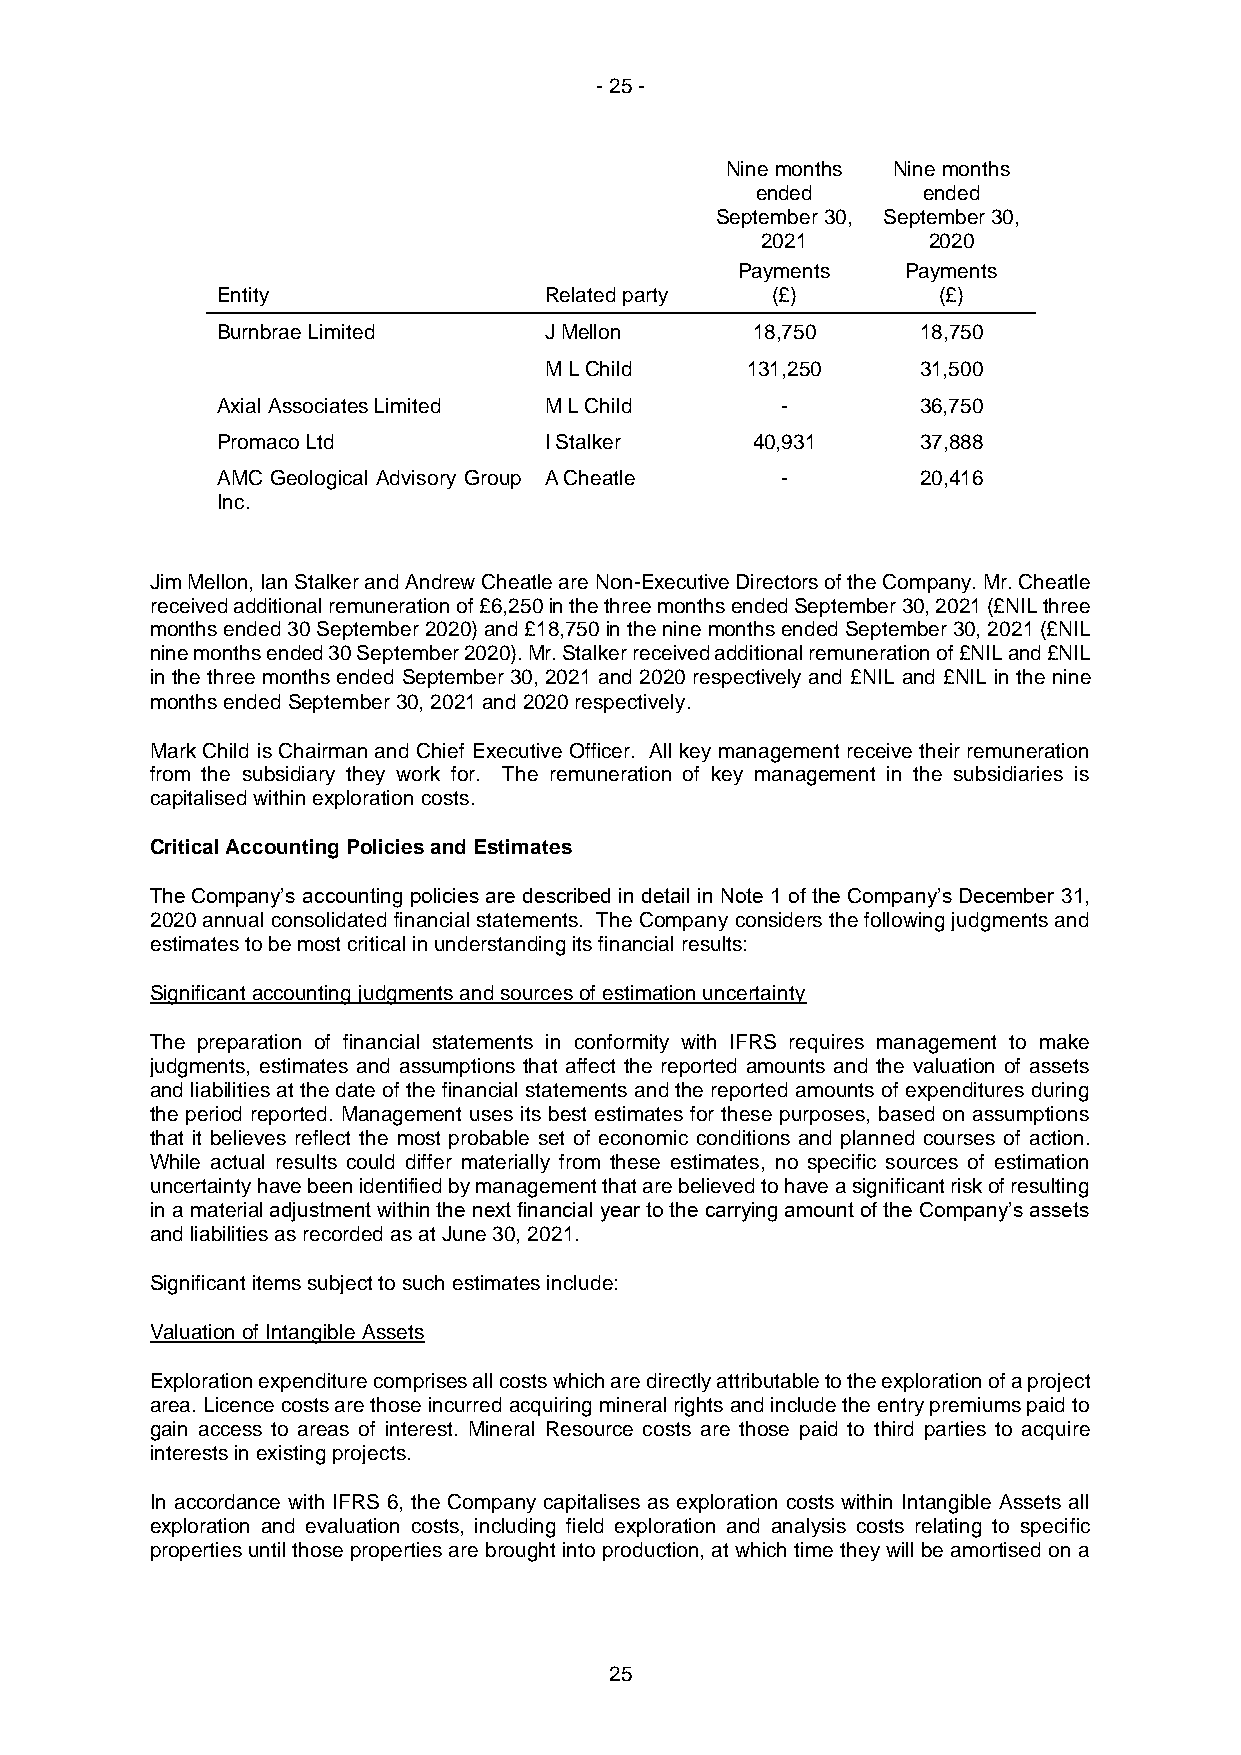
- 25 -
 Nine months Nine months
 ended      ended
 September 30, September 30,
 2021       2020
 Payments   Payments
 Entity                Related party  (£)        (£)
 Burnbrae Limited      J Mellon      18,750     18,750
 M L Child    131,250     31,500
 Axial Associates Limited M L Child    -        36,750
 Promaco Ltd           I Stalker     40,931     37,888
 AMC Geological Advisory Group A Cheatle -      20,416
 Inc.
 Jim Mellon, Ian Stalker and Andrew Cheatle are Non-Executive Directors of the Company. Mr. Cheatle
 received additional remuneration of £6,250 in the three months ended September 30, 2021 (£NIL three
 months ended 30 September 2020) and £18,750 in the nine months ended September 30, 2021 (£NIL
 nine months ended 30 September 2020). Mr. Stalker received additional remuneration of £NIL and £NIL
 in the three months ended September 30, 2021 and 2020 respectively and £NIL and £NIL in the nine
 months ended September 30, 2021 and 2020 respectively.
 Mark Child is Chairman and Chief Executive Officer. All key management receive their remuneration
 from the subsidiary they work for. The remuneration of key management in the subsidiaries is
 capitalised within exploration costs.
 Critical Accounting Policies and Estimates
 The Company’s accounting policies are described in detail in Note 1 of the Company’s December 31,
 2020 annual consolidated financial statements. The Company considers the following judgments and
 estimates to be most critical in understanding its financial results:
 Significant accounting judgments and sources of estimation uncertainty
 The preparation of financial statements in conformity with IFRS requires management to make
 judgments, estimates and assumptions that affect the reported amounts and the valuation of assets
 and liabilities at the date of the financial statements and the reported amounts of expenditures during
 the period reported. Management uses its best estimates for these purposes, based on assumptions
 that it believes reflect the most probable set of economic conditions and planned courses of action.
 While actual results could differ materially from these estimates, no specific sources of estimation
 uncertainty have been identified by management that are believed to have a significant risk of resulting
 in a material adjustment within the next financial year to the carrying amount of the Company’s assets
 and liabilities as recorded as at June 30, 2021.
 Significant items subject to such estimates include:
 Valuation of Intangible Assets
 Exploration expenditure comprises all costs which are directly attributable to the exploration of a project
 area. Licence costs are those incurred acquiring mineral rights and include the entry premiums paid to
 gain access to areas of interest. Mineral Resource costs are those paid to third parties to acquire
 interests in existing projects.
 In accordance with IFRS 6, the Company capitalises as exploration costs within Intangible Assets all
 exploration and evaluation costs, including field exploration and analysis costs relating to specific
 properties until those properties are brought into production, at which time they will be amortised on a
 25